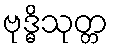
ဗုဒ္ဓိသုတ္တ